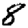
Digit: 8